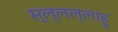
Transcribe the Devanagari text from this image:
स्ल्लल्लाहु